Indian Civil Veterinary Department memoirs
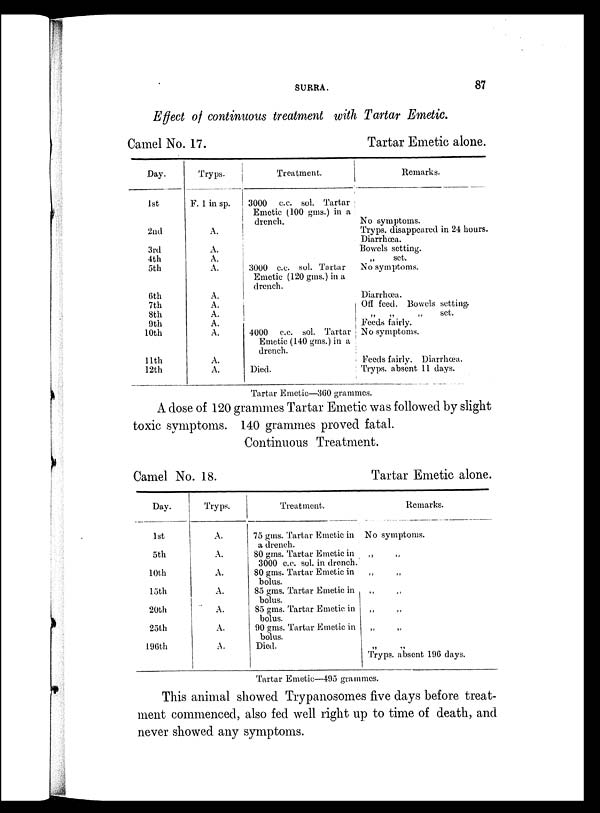
SURRA.
87
Effect of continuous treatment with Tartar Emetic.
Camel No. 17.
Day.
1st
2nd
3rd
4th
5th
6th
7th
8th
9th
10th
11th
12th
Tryps.
F. 1 in sp.
A.
A.
A.
A.
A.
A.
A.
A.
A.
A.
A.
Treatment.
3000 c.c. sol. Tartar
Emetic (100 gms.) in a
drench.
3000 c.c. sol. Tartar
Emetic (120 gms.) in a
drench.
4000 c.c. sol. Tartar
Emetic (140 gms.) in a
drench.
Died.
Tartar Emetic alone.
Remarks.
No symptoms.
Tryps. disappeared in 24 hours.
Diarrhœa.
Bowels setting.
„
set.
No symptoms.
Diarrhœa.
Off feed. Bowels setting.
„
„
„
set.
Feeds fairly.
No symptoms.
Feeds fairly. Diarrhœa.
Tryps. absent 11 days.
Tartar Emetic—360 grammes.
A dose of 120 grammes Tartar Emetic was followed by slight
toxic symptoms. 140 grammes proved fatal.
Continuous Treatment.
Camel No. 18.
Day.
1st
5th
10th
15th
20th
25th
196th
Tryps.
A.
A.
A.
A.
A.
A.
A.
Treatment.
75 gms. Tartar Emetic in
a drench.
80 gms. Tartar Emetic in
3000 c.c. sol. in drench.
80 gms. Tartar Emetic in
bolus.
85 gms. Tartar Emetic in
bolus.
85 gms. Tartar Emetic in
bolus.
90 gms. Tartar Emetic in
bolus.
Died.
Tartar Emetic alone.
Remarks.
No symptoms.
„ „
„ „
„ „
„ „
„ „
„ „
Tryps. absent 196 days.
Tartar Emetic—495 grammes.
This animal showed Trypanosomes five days before treat-
ment commenced, also fed well right up to time of death, and
never showed any symptoms.